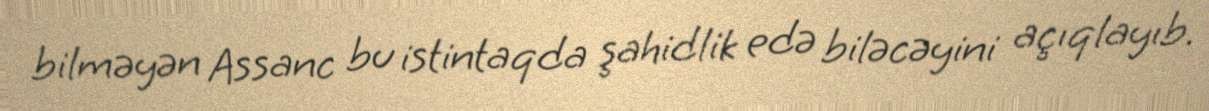
bilməyən Assanc bu istintaqda şahidlik edə biləcəyini açıqlayıb.